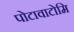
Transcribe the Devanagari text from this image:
पोटावाटोमि